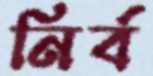
নির্ব